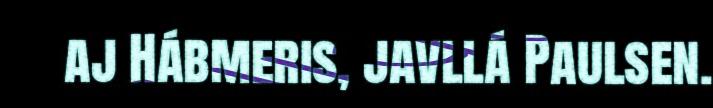
aj Hábmeris, javllá Paulsen.